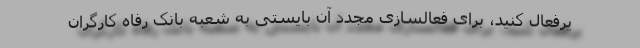
یرفعال کنید، برای فعالسازی مجدد آن بایستی به شعبه بانک رفاه کارگران